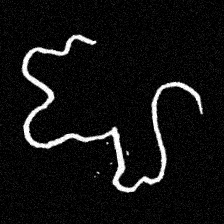
Pyu character \u2014 Myanmar letter: ဈ (romanized: jha)